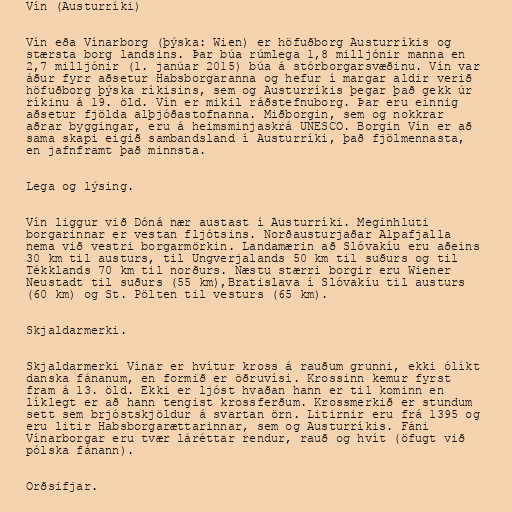
Vín (Austurríki)

Vín eða Vínarborg (þýska: Wien) er höfuðborg Austurríkis og
stærsta borg landsins. Þar búa rúmlega 1,8 milljónir manna en
2,7 milljónir (1. janúar 2015) búa á stórborgarsvæðinu. Vín var
áður fyrr aðsetur Habsborgaranna og hefur í margar aldir verið
höfuðborg þýska ríkisins, sem og Austurríkis þegar það gekk úr
ríkinu á 19. öld. Vín er mikil ráðstefnuborg. Þar eru einnig
aðsetur fjölda alþjóðastofnanna. Miðborgin, sem og nokkrar
aðrar byggingar, eru á heimsminjaskrá UNESCO. Borgin Vín er að
sama skapi eigið sambandsland í Austurríki, það fjölmennasta,
en jafnframt það minnsta.

Lega og lýsing.

Vín liggur við Dóná nær austast í Austurríki. Meginhluti
borgarinnar er vestan fljótsins. Norðausturjaðar Alpafjalla
nema við vestri borgarmörkin. Landamærin að Slóvakíu eru aðeins
30 km til austurs, til Ungverjalands 50 km til suðurs og til
Tékklands 70 km til norðurs. Næstu stærri borgir eru Wiener
Neustadt til suðurs (55 km),Bratislava í Slóvakíu til austurs
(60 km) og St. Pölten til vesturs (65 km).

Skjaldarmerki.

Skjaldarmerki Vínar er hvítur kross á rauðum grunni, ekki ólíkt
danska fánanum, en formið er öðruvísi. Krossinn kemur fyrst
fram á 13. öld. Ekki er ljóst hvaðan hann er til kominn en
líklegt er að hann tengist krossferðum. Krossmerkið er stundum
sett sem brjóstskjöldur á svartan örn. Litirnir eru frá 1395 og
eru litir Habsborgarættarinnar, sem og Austurríkis. Fáni
Vínarborgar eru tvær láréttar rendur, rauð og hvít (öfugt við
pólska fánann).

Orðsifjar.